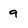
Character: 9